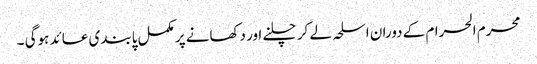
محرم الحرام کے دوران اسلحہ لے کر چلنے اور دکھانے پر مکمل پابندی عائد ہوگی ۔